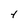
Character: Y